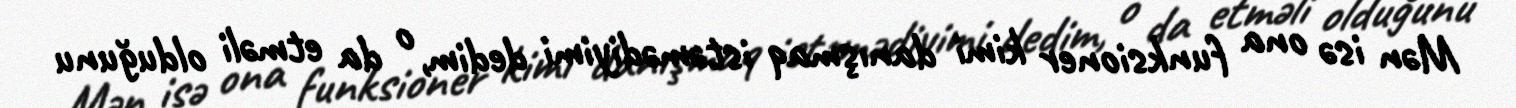
Mən isə ona funksioner kimi danışmaq istəmədiyimi dedim, o da etməli olduğunu